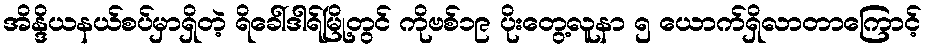
အိန္ဒိယနယ်စပ်မှာရှိတဲ့ ရိခေါ်ဒါရ်မြို့တွင် ကိုဗစ်၁၉ ပိုးတွေ့လူနာ ၅ ယောက်ရှိလာတာကြောင့်